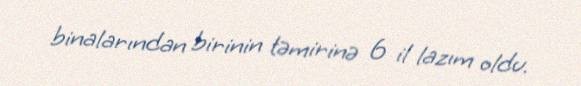
binalarından birinin təmirinə 6 il lazım oldu.